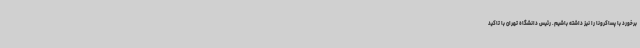
برخورد با پساکرونا را نیز داشته باشیم. رئیس دانشگاه تهران با تاکید